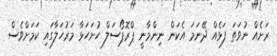
ރަށެއް ނުވަތަ ފަޅެއް ދޭނަމަ އެކަން ނިންމާނީ ޕްރޮޕޯސަލް ހުށަހަޅާ މަރުހަލާގައި ކަމަށްވެސް